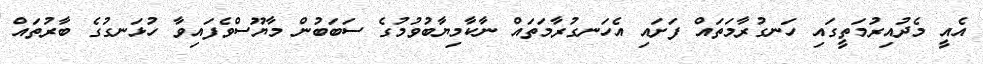
އެއީ މެދުއިރުމަތީގައި ހަނގުރާމަތައް ފަށައި އެހަނގުރާމަތައް ނާކާމިޔާބުވުމުގެ ސަބަބުން މާޔޫސްވެފައިވާ ހުޅަނގުގެ ބާރުތައް